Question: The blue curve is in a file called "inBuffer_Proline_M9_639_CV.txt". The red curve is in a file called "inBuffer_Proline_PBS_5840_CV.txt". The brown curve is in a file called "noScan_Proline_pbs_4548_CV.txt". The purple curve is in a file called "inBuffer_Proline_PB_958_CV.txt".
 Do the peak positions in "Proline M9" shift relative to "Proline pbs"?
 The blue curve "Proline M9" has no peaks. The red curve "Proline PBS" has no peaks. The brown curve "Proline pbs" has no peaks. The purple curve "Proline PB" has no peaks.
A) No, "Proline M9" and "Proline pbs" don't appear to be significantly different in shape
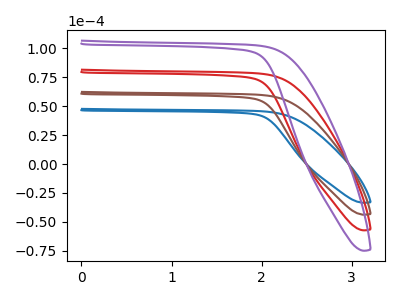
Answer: <think>Neither "Proline M9" or "Proline pbs" have any peaks.
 </think>
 <answer>A) No, "Proline M9" and "Proline pbs" don't appear to be significantly different in shape</answer>
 <eval>A</eval>